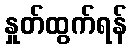
နှုတ်ထွက်ရန်